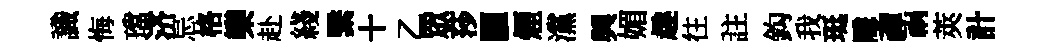
識悔璫济忌格欒赴綫繄十乙衆莎臞煙灙興媚趣往註鈎我珽隱禪祸莢計